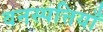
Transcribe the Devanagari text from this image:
वनस्पत्तियाँ